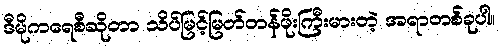
ဒီမိုကရေစီဆိုတာ သိပ်မြင့်မြတ်တန်ဖိုးကြီးမားတဲ့ အရာတစ်ခုပါ။